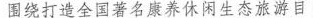
围绕打造全国著名康养休闲生态旅游目